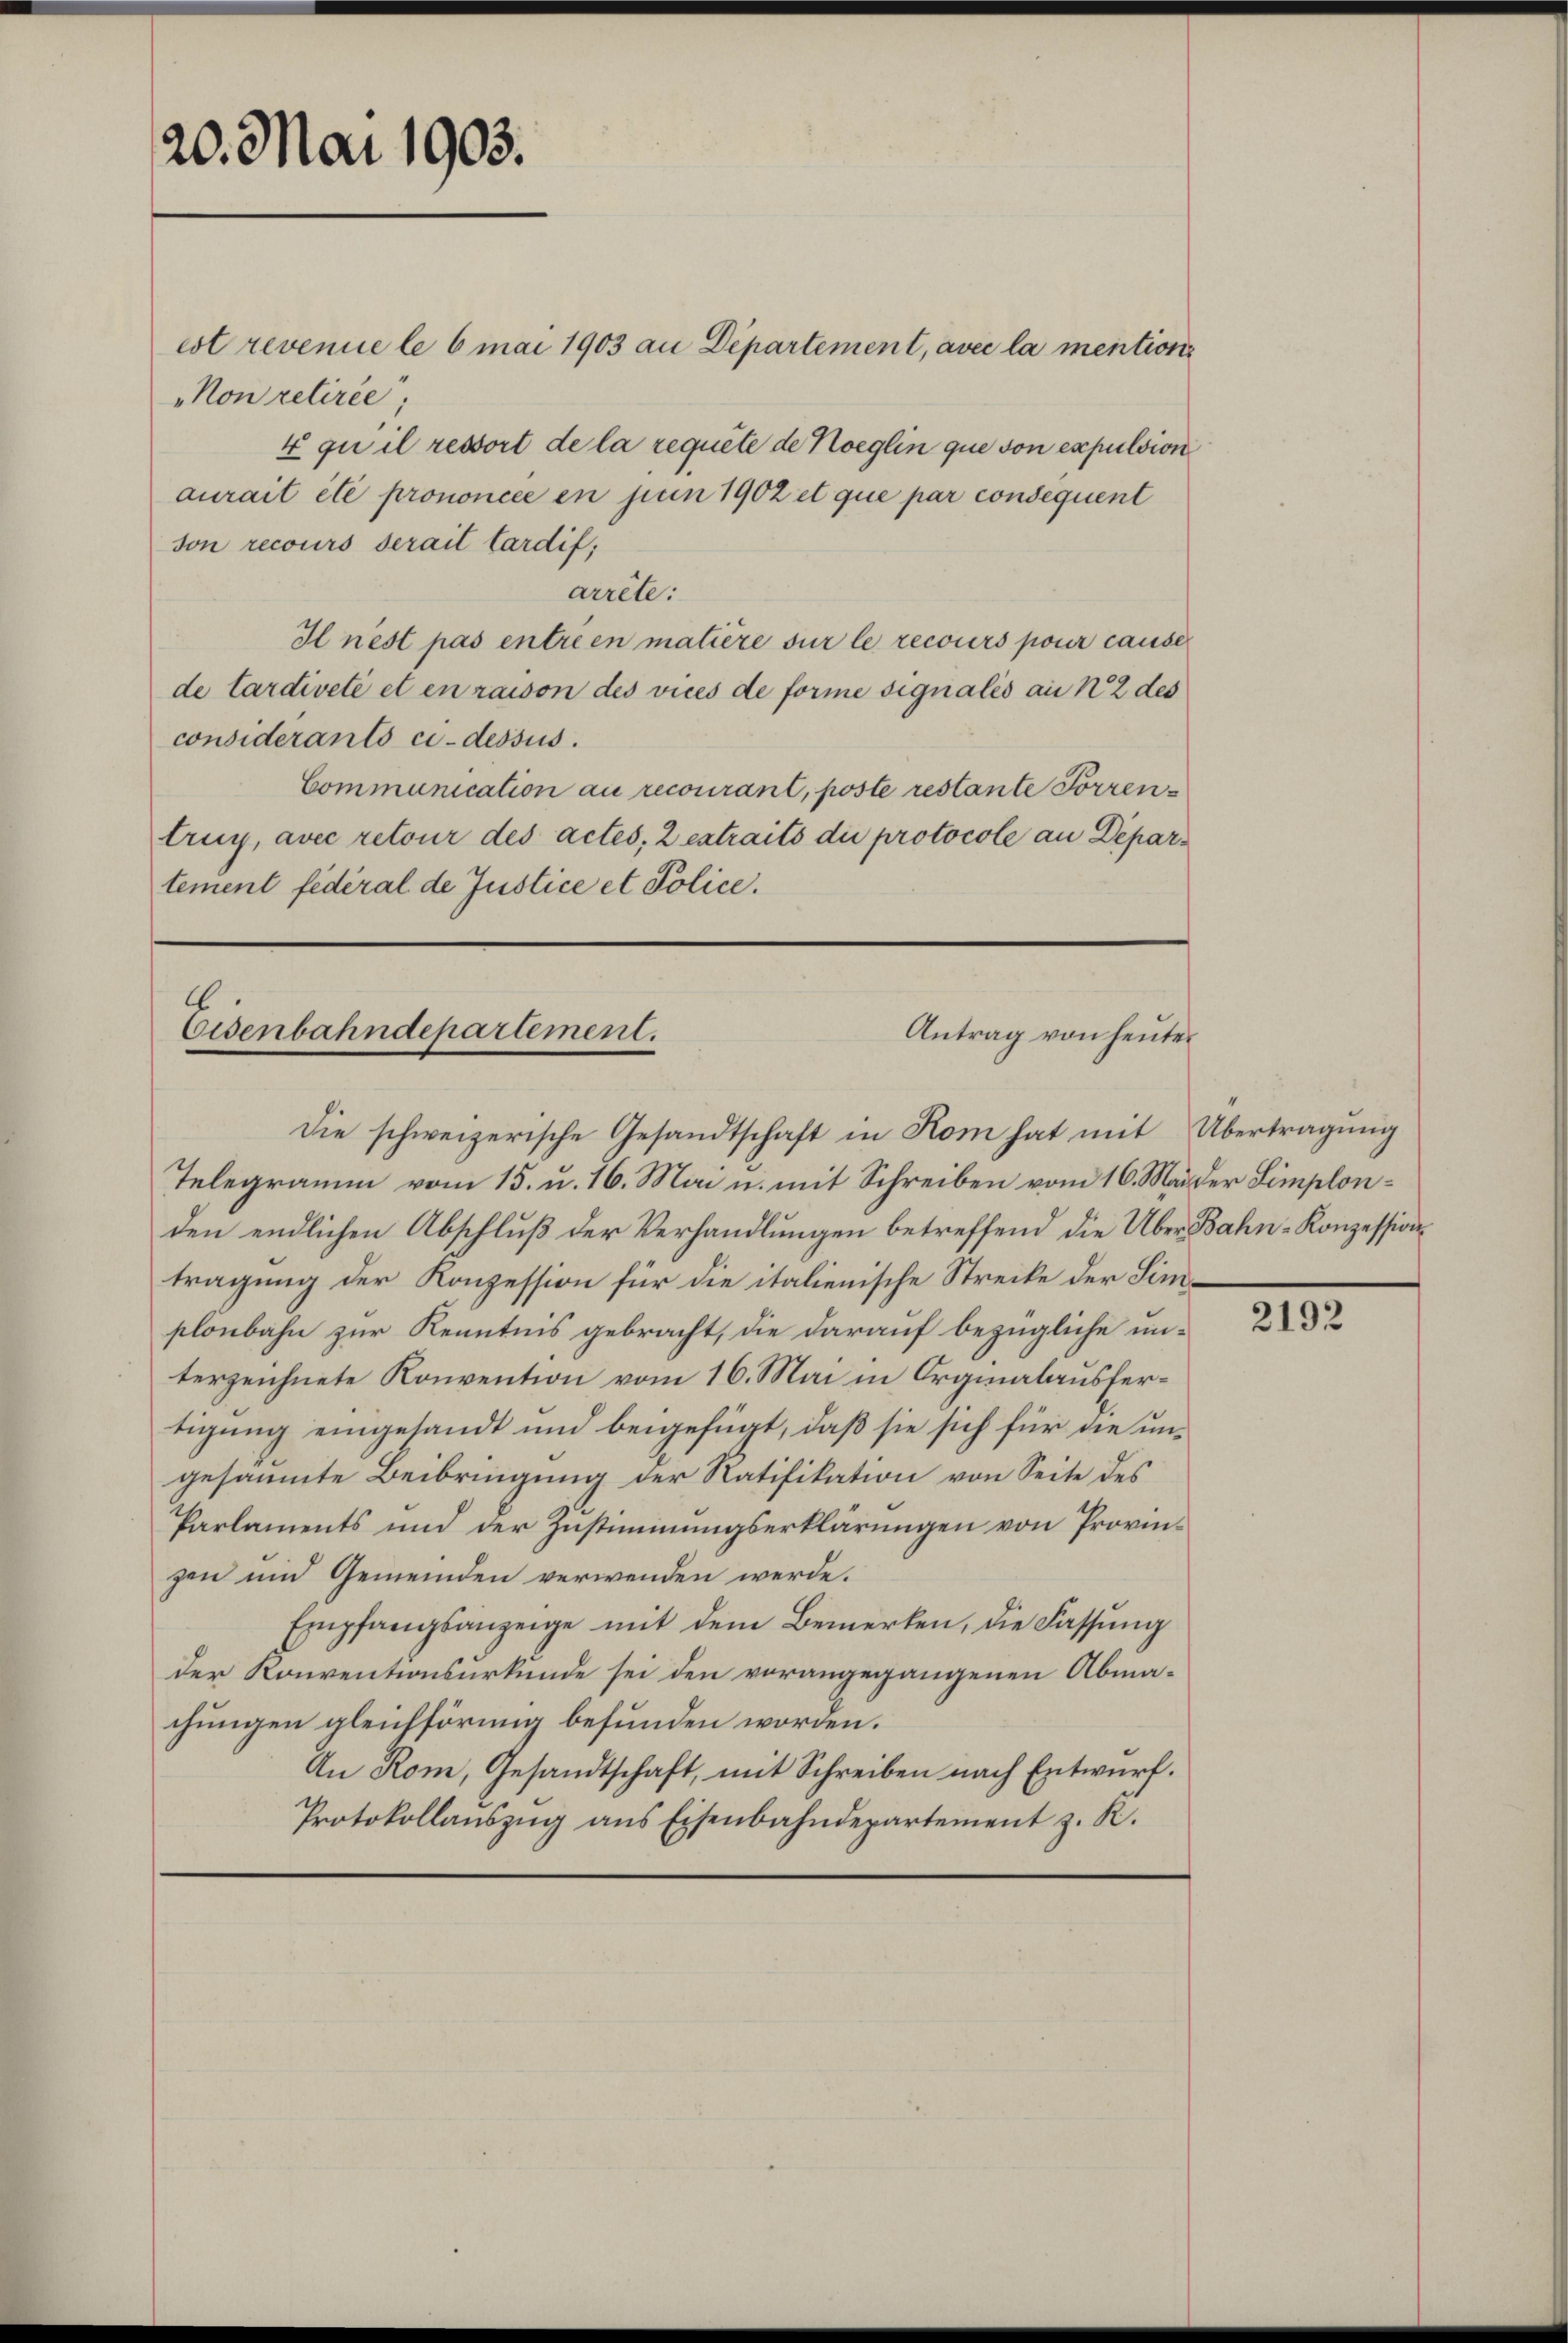
20. Mai 1903.

Non retirée“
4 qu il ressort de la requite de moeglin que son expulsion
aurait été prononcée en jun 1902 et que par conséquent
son recours serait tardif,
arrête:
Il nest pas entrien matière sur le recours pour cause
de tardiveté et en raison des vices de forme signalis au § 2 des
considerants ci-dessus.
Communication au recourant, poste restante Forren
trug, avec retour des actes, 2 extraits die protocole an Departement fédéral de Justice et Police.

est revenue le 6 mai 1903 an Departement, avec la mentione

Eisenbahndepartement.
Antrag von heuter

die schweizerische Gesandtschaft in Kom hat mit Übertragung
Telegramm vom 15. u. 16. Mai u. mit Schreiben vom 16. Mai der Simplonden endlichen Abschluß der Verhandlungen betreffend die Über Bahn-Konzession
tragung der Konzession für die italienische Strecke der Simplönbahn zur Kenntnis gebracht, die darauf bezügliche unterzeichnete Konvention vom 16. Mai in Orgialausfertigung eingesandt und beigefügt, daß sie sich für die ungesäumte Beibringung der Ratifikation von Seite des
Parlaments und der Zustimmungserklärungen von Provingen und Gemeinden verwenden werde.
Empfangsanzeige mit dem Bemerken, die Fassung
der Konventionsurkunde sei den vorangegangenen Abma-
chungen gleichförmig befunden worden.
An Rom, Gesandtschaft, mit Schreiben nach Entwurf.
Protokollaŭszŭg ans Eisenbahndepartement z. K.

2192